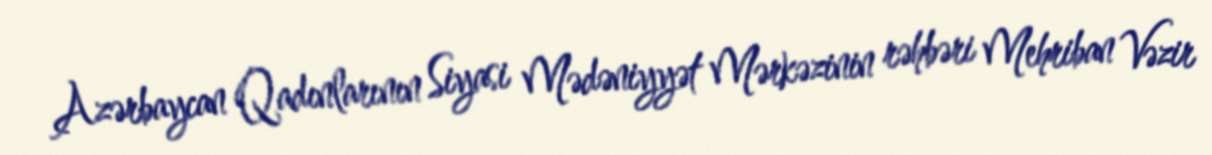
Azərbaycan Qadınlarının Siyasi Mədəniyyət Mərkəzinin rəhbəri Mehriban Vəzir